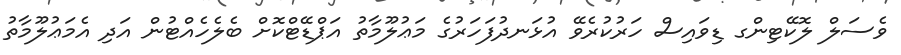
ވެސަލް ލޮކޭޓިންގ ޑިވައިސް ހަރުކުރެވޭ އުޅަނދުފަހަރުގެ މަޢުލޫމާތު އަޕްޑޭޓްކޮށް ބެލެހެއްޓުން އަދި އެމަޢުލޫމާތު